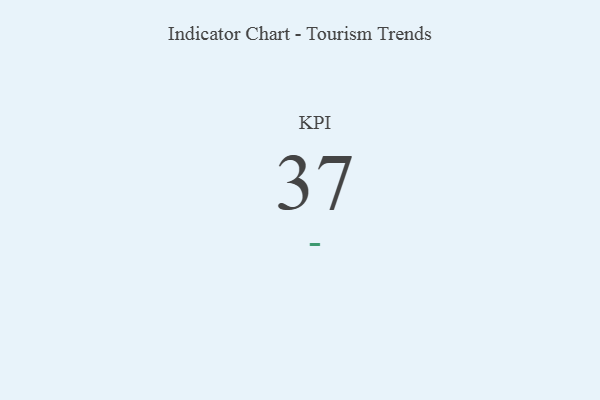
{"axis": {"x": "KPI", "y": "Value"}, "legend": [""], "data": [{"x": "KPI", "y": 37, "type": ""}]}